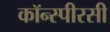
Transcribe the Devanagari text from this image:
कॉन्स्पीरसी